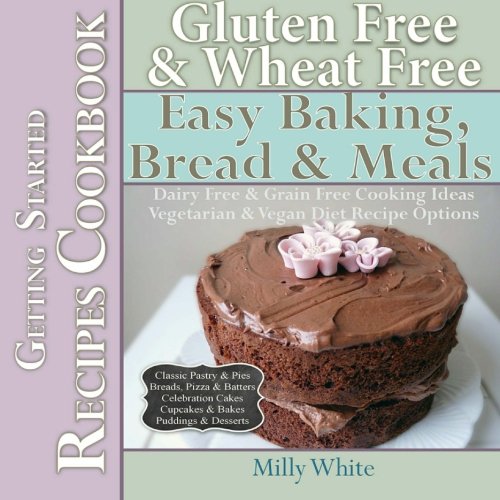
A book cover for Gluten Free & Wheat Free Easy Baking, Bread & Meals Getting Started Recipes Cookbook: Dairy Free & Grain Free Cooking Ideas, Vegetarian & Vegan Diet ... & Gluten Intolerance Cook Books) (Volume 2); Milly White; Cookbooks, Food & Wine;